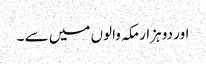
اور دو ہزار مکہ والوں میں سے ۔